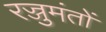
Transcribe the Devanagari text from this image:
रज्जुमंतों